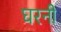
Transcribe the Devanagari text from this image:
घरनी